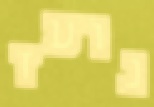
נועז